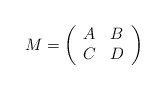
\begin{align*}M = \left( \begin{array}{cc} A & B \cr C & D \end{array} \right)\end{align*}